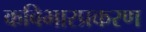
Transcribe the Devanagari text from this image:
कविभारप्रकरण